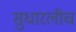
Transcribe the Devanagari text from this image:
सुधारलीच